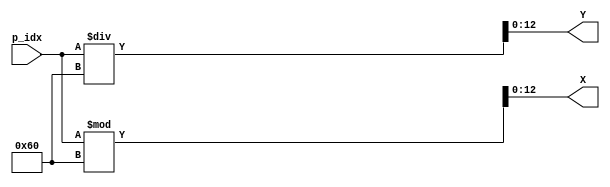
`timescale 1ns / 1ps
//////////////////////////////////////////////////////////////////////////////////
// Company: 
// Engineer: 
// 
// Design Name: 
// Module Name: get_coord
// Project Name: 
// Target Devices: 
// Tool Versions: 
// Description: 
// 
// Dependencies: 
// 
// Revision:
// Revision 0.01 - File Created
// Additional Comments:
// 
//////////////////////////////////////////////////////////////////////////////////


module get_coord(
    input [12:0] p_idx,
    output [12:0] X,
    output [12:0] Y
    );
    
    assign X = p_idx % 96;
    assign Y = p_idx / 96;
    
endmodule